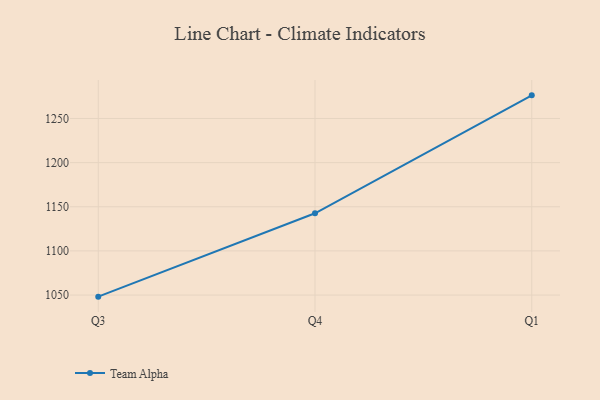
{"axis": {"x": "Quarter", "y": "Gross Profit (USD K)"}, "legend": ["Team Alpha"], "data": [{"x": "Q3", "y": 1048.2, "type": "Team Alpha"}, {"x": "Q4", "y": 1142.6, "type": "Team Alpha"}, {"x": "Q1", "y": 1276.2, "type": "Team Alpha"}]}